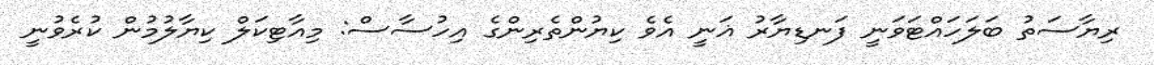
ރިޔާސަތު ބަލަހައްޓަވަނީ ފަނޑިޔާރު ޣަނީ އެވެ ކިޔުންތެރިންގެ އިހުސާސް: މިއާޓިކަލް ކިޔާލުމުން ކުރެވުނީ